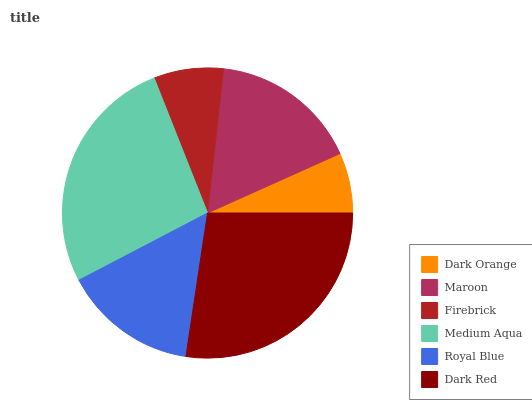
| Dark Orange | Maroon | Firebrick | Medium Aqua | Royal Blue | Dark Red |
 | --- | --- | --- | --- | --- | --- |
 | 6.71% | 16.5% | 7.74% | 26.7% | 14.9% | 27.3% |